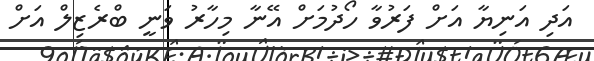
އަދި އަނިޔާ އަށް ފަރުވާ ހޯދުމަށް އޭނާ މިހާރު ވަނީ ބްރެޒިލް އަށް